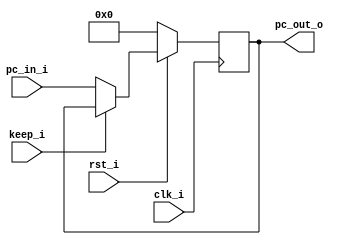

module ProgramCounter(
	clk_i,
	rst_i,
	keep_i,
	pc_in_i,
	pc_out_o
);

// I/O ports
input clk_i, rst_i, keep_i;
input [32-1:0] pc_in_i;
output reg [32-1:0] pc_out_o;

// Main function
always @(posedge clk_i) begin
	if(~rst_i)
		pc_out_o <= 0;
	else if (keep_i)
		pc_out_o <= pc_out_o;
	else
		pc_out_o <= pc_in_i;
end

endmodule